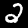
Digit: 2